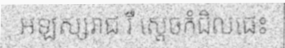
អឡស្សរាជ រឺ ស្តេចកំជិលផេះ